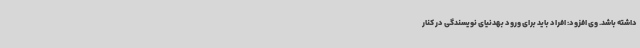
داشته‌ باشد. وی افزود: افراد باید برای ورود بهدنیای نویسندگی در کنار